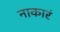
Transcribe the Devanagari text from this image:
नाकारं